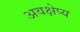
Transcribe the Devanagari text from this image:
अवक्षेप्य